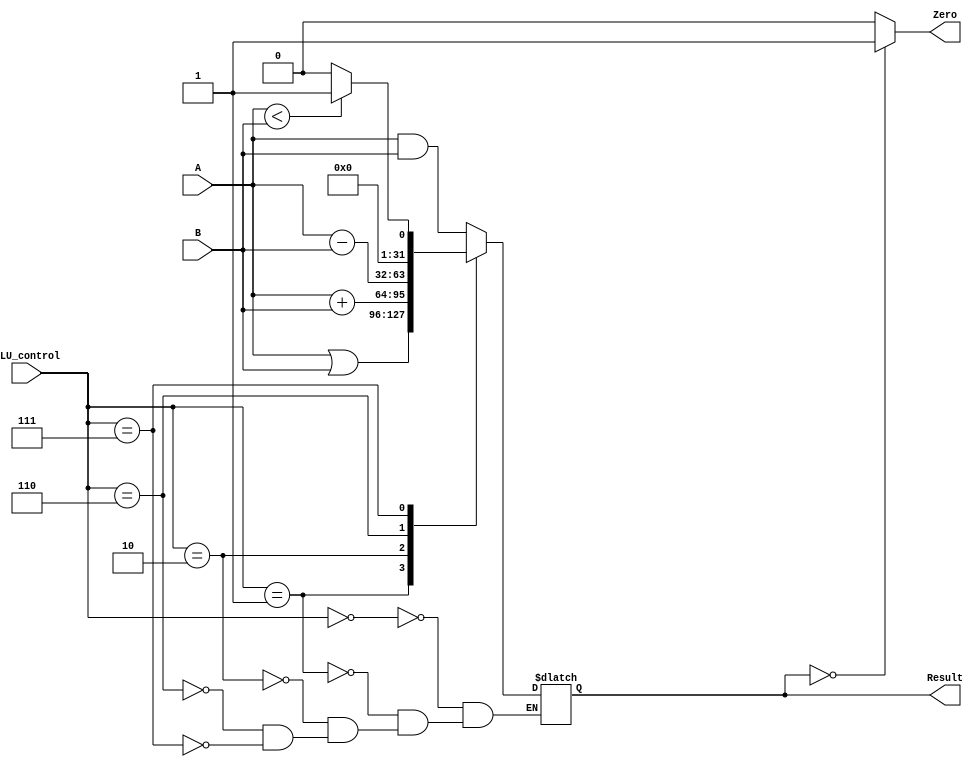
`timescale 1ns / 1ps
//////////////////////////////////////////////////////////////////////////////////
// Company: 
// Engineer: 
// 
// Design Name: 
// Module Name:    ALU 
// Project Name: 
// Target Devices: 
// Tool versions: 
// Description: 
//
// Dependencies: 
//
// Revision: 
// Revision 0.01 - File Created
// Additional Comments: 
//
//////////////////////////////////////////////////////////////////////////////////
module ALU(
	input [31:0] A,
    input [31:0] B,
    input [2:0] ALU_control,
    output reg [31:0] Result,
    output reg Zero
    );
	
	always@(A or B or ALU_control)
		begin
			case(ALU_control)
				3'b000: 
					Result <= A&B;
				3'b001:
					Result <= A|B;
				3'b010:
					Result <= A+B;
				3'b110:
					Result <= A-B;
				3'b111:
					if(A<B)
						Result <= 1;
					else
						Result <= 0;
			endcase
	end
	
	always@(Result)
	begin
	if(Result==0)
				Zero <= 1;
			else
				Zero <= 0;
	end
endmodule